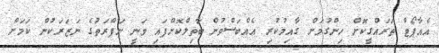
އެއާޕޯޓް ތަރައްގީކޮށް ހިންގުމަށް ގާއިމުކުރި އެއްބަސްވުން ބާތިލްކޮށްފައި ވަނީ ނަފްރަތުގެ ނަޒަރަކުން ކަމަށް